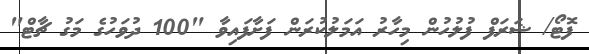
ފޮޓޯ/ ޝަރަފް ފުލުހުން މިހާރު އަމަލުކުރަން ފަށާފައިވާ "100 ދުވަހުގެ މަގު ޗާޓް"